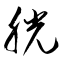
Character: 胱